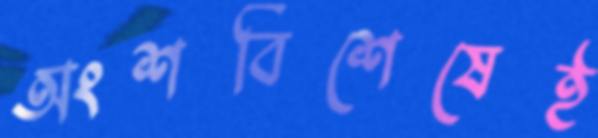
অংশবিশেষেই